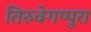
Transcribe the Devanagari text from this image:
तिरुवेगप्पुरा